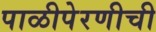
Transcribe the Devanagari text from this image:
पाळीपेरणीची